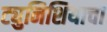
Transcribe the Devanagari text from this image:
ट्युनिशियाचा